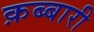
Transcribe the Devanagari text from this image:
क़ब्बारी